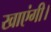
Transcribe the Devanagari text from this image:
खाएंगी।